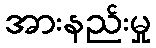
အားနည်းမှု